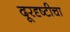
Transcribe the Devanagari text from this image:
दूरदृष्टीचा